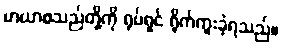
မာယာစသည်တို့ကို ရုပ်ရှင် ရိုက်ကူးခဲ့ရသည်။